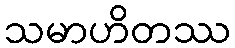
သမာဟိတဿ